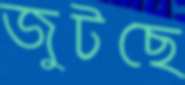
জুটছে